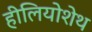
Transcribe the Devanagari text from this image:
हीलियोशेथ